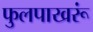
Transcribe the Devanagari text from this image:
फुलपाखरूं